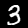
Label: 3